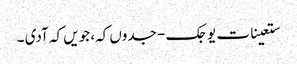
ستعینات یوجک - جدوں کہ، جویں کہ آدی ۔